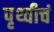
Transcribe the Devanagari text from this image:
पृथ्वीचं